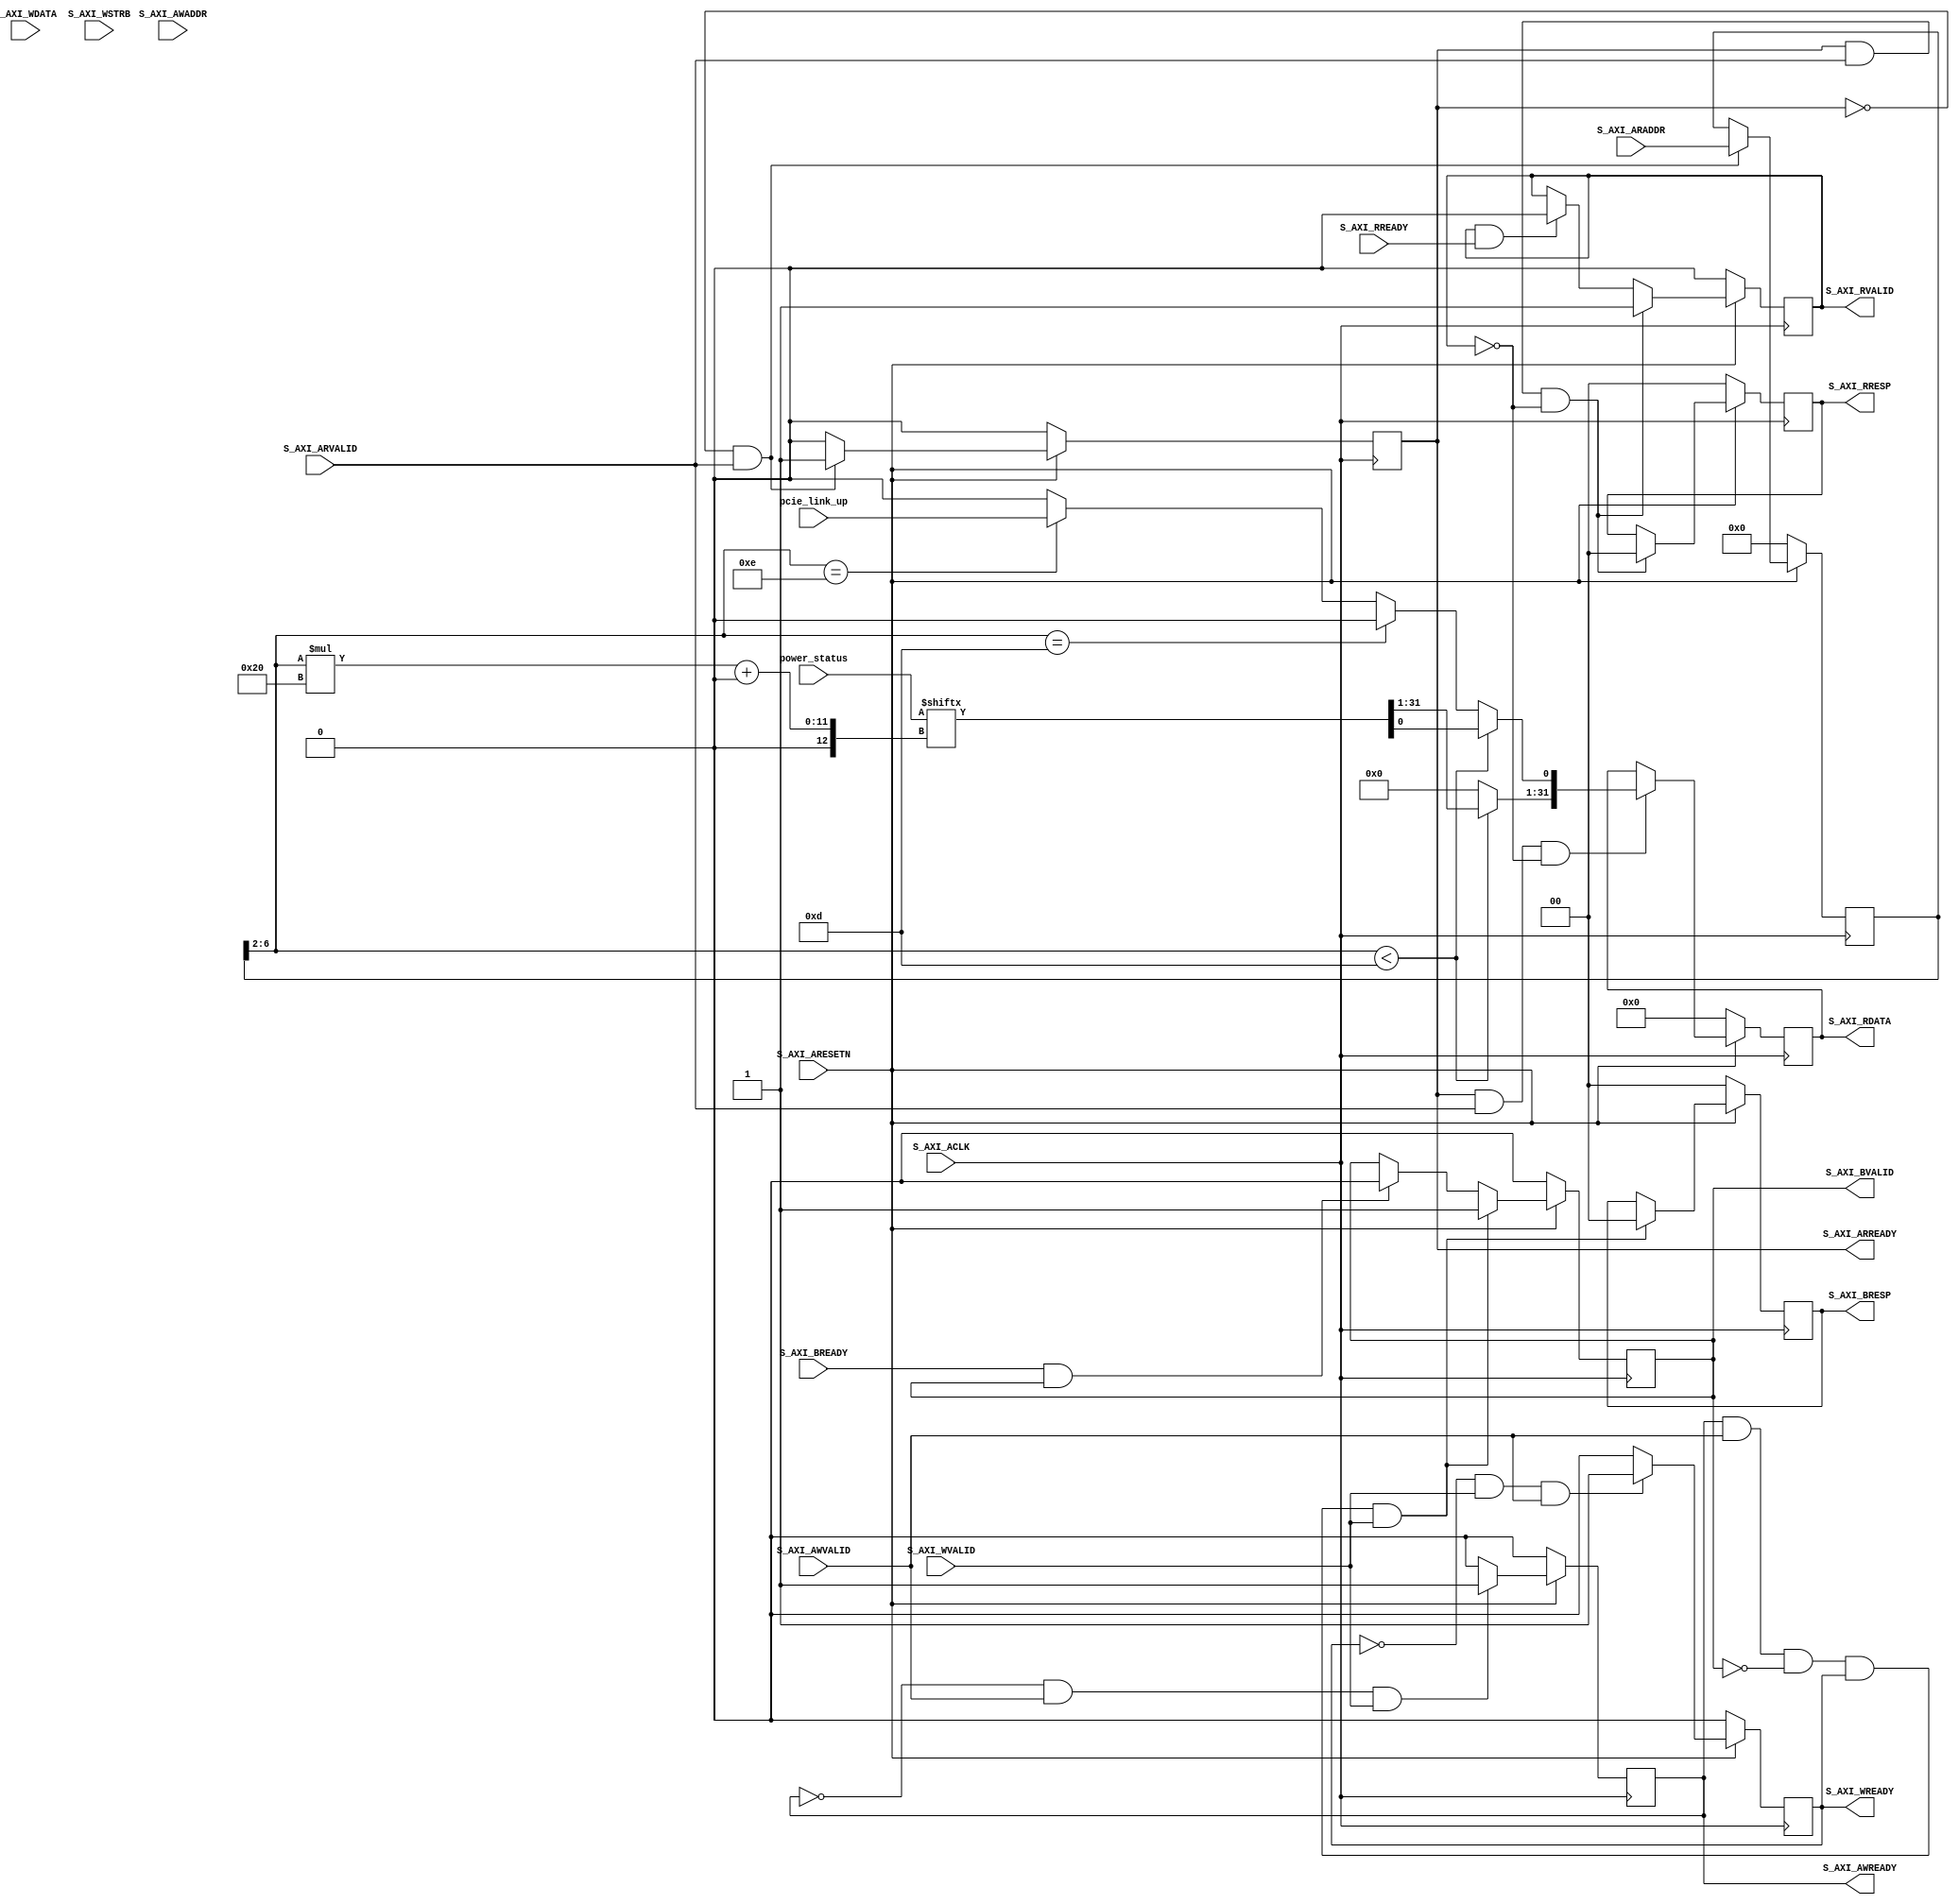
`default_nettype none

`timescale 1 ns / 1 ps

module user_registers_axi_slave #(
  // Width of S_AXI data bus
  parameter integer C_S_AXI_DATA_WIDTH = 32,
  // Width of S_AXI address bus
  parameter integer C_S_AXI_ADDR_WIDTH = 7,
  parameter integer NUM_POWER_REG      = 13
)(

  input wire [NUM_POWER_REG*32-1:0]       power_status,
  input wire                              pcie_link_up,
 
  // AXI lite
  input wire                              S_AXI_ACLK,
  input wire                              S_AXI_ARESETN,
  input wire [C_S_AXI_ADDR_WIDTH-1:0]     S_AXI_AWADDR,
  input wire                              S_AXI_AWVALID,
  output wire                             S_AXI_AWREADY,
  input wire [C_S_AXI_DATA_WIDTH-1:0]     S_AXI_WDATA,
  input wire [(C_S_AXI_DATA_WIDTH/8)-1:0] S_AXI_WSTRB,
  input wire                              S_AXI_WVALID,
  output wire                             S_AXI_WREADY,
  output wire [1 : 0]                     S_AXI_BRESP,
  output wire                             S_AXI_BVALID,
  input wire                              S_AXI_BREADY,
  input wire [C_S_AXI_ADDR_WIDTH-1:0]     S_AXI_ARADDR,
  input wire                              S_AXI_ARVALID,
  output wire                             S_AXI_ARREADY,
  output wire [C_S_AXI_DATA_WIDTH-1:0]    S_AXI_RDATA,
  output wire [1:0]                       S_AXI_RRESP,
  output wire                             S_AXI_RVALID,
  input wire                              S_AXI_RREADY
);
  
// Defaults for defines that are normally set by the pre_synth.tcl script
`ifndef BUILD_TIME
 `define BUILD_TIME 0
`endif

`ifndef BUILD_INFO
 `define BUILD_INFO 0
`endif

`ifndef GIT_HASH
 `define GIT_HASH 0
`endif

  // AXI4LITE signals
  reg [C_S_AXI_ADDR_WIDTH-1:0]  axi_awaddr;
  reg                           axi_awready;
  reg                           axi_wready;
  reg [1:0]                     axi_bresp;
  reg                           axi_bvalid;
  reg [C_S_AXI_ADDR_WIDTH-1:0]  axi_araddr;
  reg                           axi_arready;
  reg [C_S_AXI_DATA_WIDTH-1:0]  axi_rdata;
  reg [1 : 0]                   axi_rresp;
  reg                           axi_rvalid;

  // Example-specific design signals
  // local parameter for addressing 32 bit / 64 bit C_S_AXI_DATA_WIDTH
  // ADDR_LSB is used for addressing 32/64 bit registers/memories
  // ADDR_LSB = 2 for 32 bits (n downto 2)
  // ADDR_LSB = 3 for 64 bits (n downto 3)

  localparam integer            ADDR_LSB = (C_S_AXI_DATA_WIDTH/32) + 1;
  localparam integer            OPT_MEM_ADDR_BITS = C_S_AXI_ADDR_WIDTH - ADDR_LSB -1;
  localparam integer            NUM_SLAVES = (1<<C_S_AXI_ADDR_WIDTH)/4;
 
  //----------------------------------------------
  //-- Signals for user logic register space example
  //------------------------------------------------

  reg [C_S_AXI_DATA_WIDTH-1:0]  slv_reg[0:NUM_SLAVES-1];
  wire                          slv_reg_rden;
  wire                          slv_reg_wren;
  reg [C_S_AXI_DATA_WIDTH-1:0]  reg_data_out;
  integer                       byte_index;

  // I/O Connections assignments
  
  assign S_AXI_AWREADY  = axi_awready;
  assign S_AXI_WREADY   = axi_wready;
  assign S_AXI_BRESP    = axi_bresp;
  assign S_AXI_BVALID   = axi_bvalid;
  assign S_AXI_ARREADY  = axi_arready;
  assign S_AXI_RDATA    = axi_rdata;
  assign S_AXI_RRESP    = axi_rresp;
  assign S_AXI_RVALID   = axi_rvalid;

  // Implement axi_awready generation
  // axi_awready is asserted for one S_AXI_ACLK clock cycle when both
  // S_AXI_AWVALID and S_AXI_WVALID are asserted. axi_awready is
  // de-asserted when reset is low.
  always @( posedge S_AXI_ACLK ) begin
    if ( S_AXI_ARESETN == 1'b0 ) begin
      axi_awready <= 1'b0;
    end else begin    
      if (~axi_awready && S_AXI_AWVALID && S_AXI_WVALID) begin
        // slave is ready to accept write address when 
        // there is a valid write address and write data
        // on the write address and data bus. This design 
        // expects no outstanding transactions. 
        axi_awready <= 1'b1;
      end else begin
        axi_awready <= 1'b0;
      end
    end 
  end // always @ ( posedge S_AXI_ACLK )

  // Implement axi_awaddr latching
  // This process is used to latch the address when both 
  // S_AXI_AWVALID and S_AXI_WVALID are valid. 
  always @( posedge S_AXI_ACLK ) begin
    if ( S_AXI_ARESETN == 1'b0 ) begin
      axi_awaddr <= 0;
    end else begin    
      if (~axi_awready && S_AXI_AWVALID && S_AXI_WVALID) begin
        // Write Address latching 
        axi_awaddr <= S_AXI_AWADDR;
      end
    end 
  end
  
  // Implement axi_wready generation
  // axi_wready is asserted for one S_AXI_ACLK clock cycle when both
  // S_AXI_AWVALID and S_AXI_WVALID are asserted. axi_wready is 
  // de-asserted when reset is low. 
  always @( posedge S_AXI_ACLK ) begin
    if ( S_AXI_ARESETN == 1'b0 ) begin
      axi_wready <= 1'b0;
    end else begin    
      if (~axi_wready && S_AXI_WVALID && S_AXI_AWVALID) begin
        // slave is ready to accept write data when 
        // there is a valid write address and write data
        // on the write address and data bus. This design 
        // expects no outstanding transactions. 
        axi_wready <= 1'b1;
      end else begin
        axi_wready <= 1'b0;
      end
    end 
  end // always @ ( posedge S_AXI_ACLK )
  
  // Implement memory mapped register select and write logic generation
  // The write data is accepted and written to memory mapped registers when
  // axi_awready, S_AXI_WVALID, axi_wready and S_AXI_WVALID are asserted. Write strobes are used to
  // select byte enables of slave registers while writing.
  // These registers are cleared when reset (active low) is applied.
  // Slave register write enable is asserted when valid address and data are available
  // and the slave is ready to accept the write address and write data.
  reg [31:0] new_status_cnt [0:15]; // Alias for status counters
  assign slv_reg_wren = axi_wready && S_AXI_WVALID && axi_awready && S_AXI_AWVALID;
  integer    sts_index;
  always @( posedge S_AXI_ACLK ) begin
    if ( S_AXI_ARESETN == 1'b0 ) begin
      for (sts_index=0; sts_index<NUM_SLAVES; sts_index=sts_index+1) begin
        slv_reg[sts_index] <= 'h0;
      end
    end else begin
      if (slv_reg_wren) begin
        for ( byte_index = 0; byte_index <= (C_S_AXI_DATA_WIDTH/8)-1; byte_index = byte_index+1 ) begin
          if ( S_AXI_WSTRB[byte_index] == 1 ) begin
            // Respective byte enables are asserted as per write strobes 
            // Slave register 0
            slv_reg[axi_awaddr[ADDR_LSB+OPT_MEM_ADDR_BITS:ADDR_LSB]][(byte_index*8) +: 8] <= S_AXI_WDATA[(byte_index*8) +: 8];
          end
        end
      end // else: !if(slv_reg_wren)
    end // else: !if( S_AXI_ARESETN == 1'b0 )
  end // always @ ( posedge S_AXI_ACLK )
  
  // Implement write response logic generation
  // The write response and response valid signals are asserted by the slave 
  // when axi_wready, S_AXI_WVALID, axi_wready and S_AXI_WVALID are asserted.  
  // This marks the acceptance of address and indicates the status of 
  // write transaction.
    always @( posedge S_AXI_ACLK ) begin
    if ( S_AXI_ARESETN == 1'b0 ) begin
      axi_bvalid  <= 0;
      axi_bresp   <= 2'b0;
    end else begin    
      if (axi_awready && S_AXI_AWVALID && ~axi_bvalid && axi_wready && S_AXI_WVALID) begin
        // indicates a valid write response is available
        axi_bvalid <= 1'b1;
        axi_bresp  <= 2'b0; // 'OKAY' response 
      end else begin
        if (S_AXI_BREADY && axi_bvalid) begin
          //check if bready is asserted while bvalid is high) 
          //(there is a possibility that bready is always asserted high)   
          axi_bvalid <= 1'b0; 
        end  
      end
    end
  end // always @ ( posedge S_AXI_ACLK )
  
  // Implement axi_arready generation
  // axi_arready is asserted for one S_AXI_ACLK clock cycle when
  // S_AXI_ARVALID is asserted. axi_awready is 
  // de-asserted when reset (active low) is asserted. 
  // The read address is also latched when S_AXI_ARVALID is 
  // asserted. axi_araddr is reset to zero on reset assertion.
  always @( posedge S_AXI_ACLK ) begin
    if ( S_AXI_ARESETN == 1'b0 ) begin
      axi_arready <= 1'b0;
      axi_araddr  <= 32'b0;
    end else begin    
      if (~axi_arready && S_AXI_ARVALID) begin
        // indicates that the slave has acceped the valid read address
        axi_arready <= 1'b1;
        // Read address latching
        axi_araddr  <= S_AXI_ARADDR;
      end else begin
        axi_arready <= 1'b0;
      end
    end 
  end // always @ ( posedge S_AXI_ACLK )
  
  // Implement axi_arvalid generation
  // axi_rvalid is asserted for one S_AXI_ACLK clock cycle when both 
  // S_AXI_ARVALID and axi_arready are asserted. The slave registers 
  // data are available on the axi_rdata bus at this instance. The 
  // assertion of axi_rvalid marks the validity of read data on the 
  // bus and axi_rresp indicates the status of read transaction.axi_rvalid 
  // is deasserted on reset (active low). axi_rresp and axi_rdata are 
  // cleared to zero on reset (active low).  
  always @( posedge S_AXI_ACLK ) begin
    if ( S_AXI_ARESETN == 1'b0 ) begin
      axi_rvalid <= 0;
      axi_rresp  <= 0;
    end else begin    
      if (axi_arready && S_AXI_ARVALID && ~axi_rvalid) begin
        // Valid read data is available at the read data bus
        axi_rvalid <= 1'b1;
        axi_rresp  <= 2'b0; // 'OKAY' response
      end else if (axi_rvalid && S_AXI_RREADY) begin
        // Read data is accepted by the master
        axi_rvalid <= 1'b0;
      end                
    end
  end // always @ ( posedge S_AXI_ACLK )
  
  // Implement memory mapped register select and read logic generation
  // Slave register read enable is asserted when valid address is available
  // and the slave is ready to accept the read address.
  assign slv_reg_rden = axi_arready & S_AXI_ARVALID & ~axi_rvalid;
  always @(*) begin
    reg_data_out <= 'b0;
    // Address decoding for reading registers
    if (axi_araddr[ADDR_LSB+OPT_MEM_ADDR_BITS:ADDR_LSB] < NUM_POWER_REG) begin
      reg_data_out    <= power_status[axi_araddr[ADDR_LSB+OPT_MEM_ADDR_BITS:ADDR_LSB]*32+:32];
    end else if (axi_araddr[ADDR_LSB+OPT_MEM_ADDR_BITS:ADDR_LSB] == NUM_POWER_REG) begin
      reg_data_out    <= `BUILD_TIME;  // Build Time
    end else if (axi_araddr[ADDR_LSB+OPT_MEM_ADDR_BITS:ADDR_LSB] == NUM_POWER_REG+1) begin
      reg_data_out[0] <= pcie_link_up;  // Is it possible to read this
    end else if (axi_araddr[ADDR_LSB+OPT_MEM_ADDR_BITS:ADDR_LSB] == NUM_POWER_REG+2) begin
      reg_data_out    <= `BUILD_INFO;
    end else if (axi_araddr[ADDR_LSB+OPT_MEM_ADDR_BITS:ADDR_LSB] == NUM_POWER_REG+3) begin
      reg_data_out    <= `GIT_HASH;
    end
  end // always @ (*)
  
  // Output register or memory read data
  always @( posedge S_AXI_ACLK ) begin
    if ( S_AXI_ARESETN == 1'b0 ) begin
      axi_rdata  <= 0;
    end else begin    
      // When there is a valid read address (S_AXI_ARVALID) with 
      // acceptance of read address by the slave (axi_arready), 
      // output the read dada 
      if (slv_reg_rden) begin
        axi_rdata <= reg_data_out;     // register read data
      end   
    end
  end // always @ ( posedge S_AXI_ACLK )

endmodule // user_registers_axi_slave

`default_nettype wire